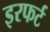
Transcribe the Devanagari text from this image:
इरफर्ट